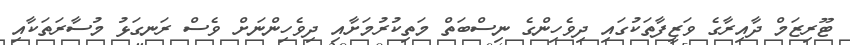
ޓޫރިޒަމް ދާއިރާގެ ވަޒީފާތަކުގައި ދިވެހިންގެ ނިސްބަތް މަތިކުރުމަށާއި ދިވެހިންނަށް ވެސް ރަނގަޅު މުސާރަތަކާއި